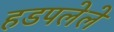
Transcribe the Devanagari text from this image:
हडपलेले